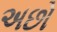
અછો